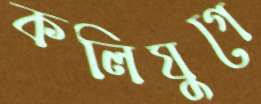
কলিযুগে